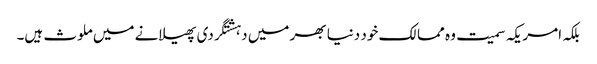
بلکہ امریکہ سمیت وہ ممالک خود دنیا بھر میں دہشتگردی پھیلانے میں ملوث ہیں۔